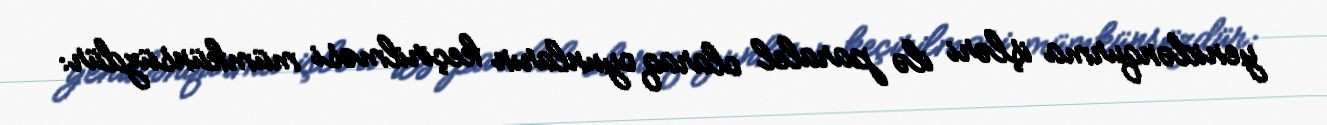
yenidənqurma işləri ilə paralel olaraq oyunların keçirilməsi mümkünsüzdür: